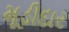
મૂડીદાર